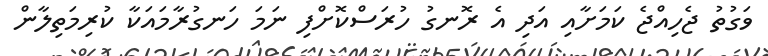
ވަގުތު ޖެހިއްޖެ ކަމަށާއި އަދި އެ ރޮނގު ހުރަސްކޮށްފި ނަމަ ހަނގުރާމައަކާ ކުރިމަތިލާން